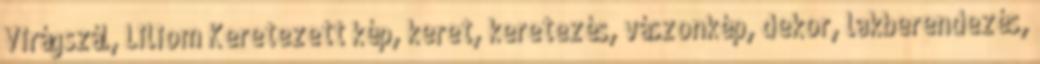
Virágszál, Liliom Keretezett kép, keret, keretezés, vászonkép, dekor, lakberendezés,